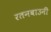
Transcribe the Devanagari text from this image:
रतनबाउनी